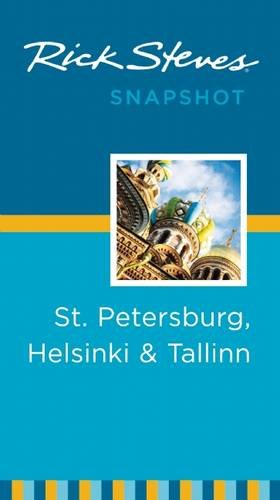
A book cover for Rick Steves Snapshot St. Petersburg, Helsinki & Tallinn; Rick Steves; Travel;